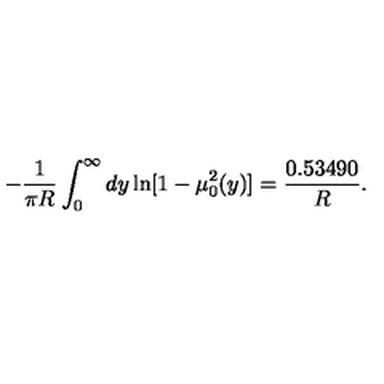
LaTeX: - \frac { 1 } { \pi R } \int _ { 0 } ^ { \infty } d y \ln [ 1 - \mu _ { 0 } ^ { 2 } ( y ) ] = \frac { 0 . 5 3 4 9 0 } { R } { . }